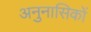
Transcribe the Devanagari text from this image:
अनुनासिकों